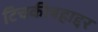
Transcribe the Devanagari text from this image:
टिचकीबहाद्दर